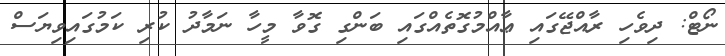
ނޯޓް: ދިވެހި ރާއްޖޭގައި ޢާއްމުގޮތެއްގައި ބަންގި ގޮވާ މީހާ ނަމާދު ކުރި ކަމުގައިވިޔަސް